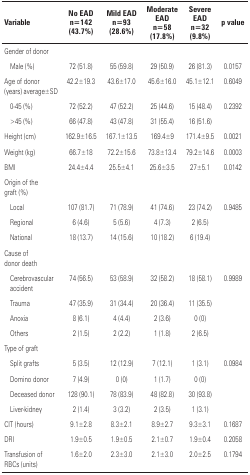
<table><thead><tr><td colspan="2"><b>Variable</b></td><td><b>No EAD n=142 (43.7%)</b></td><td><b>Mild EAD n=93 (28.6%)</b></td><td><b>Moderate EAD n=58 (17.8%)</b></td><td><b>Severe EAD n=32 (9.8%)</b></td><td><b>p value</b></td></tr></thead><tbody><tr><td colspan="7">Gender of donor</td></tr><tr><td></td><td>Male (%)</td><td>72 (51.8)</td><td>55 (59.8)</td><td>29 (50.9)</td><td>26 (81.3)</td><td>0.0157</td></tr><tr><td colspan="2">Age of donor (years) average±SD</td><td>42.2±19.3</td><td>43.6±17.0</td><td>45.6±16.0</td><td>45.1±12.1</td><td>0.6049</td></tr><tr><td></td><td>0-45 (%)</td><td>72 (52.2)</td><td>47 (52.2)</td><td>25 (44.6)</td><td>15 (48.4)</td><td>0.2392</td></tr><tr><td></td><td>&gt;45 (%)</td><td>66 (47.8)</td><td>43 (47.8)</td><td>31 (55.4)</td><td>16 (51.6)</td><td></td></tr><tr><td colspan="2">Height (cm)</td><td>162.9±16.5</td><td>167.1±13.5</td><td>169.4±9</td><td>171.4±9.5</td><td>0.0021</td></tr><tr><td colspan="2">Weight (kg)</td><td>66.7±18</td><td>72.2±15.6</td><td>73.8±13.4</td><td>79.2±14.6</td><td>0.0003</td></tr><tr><td colspan="2">BMI</td><td>24.4±4.4</td><td>25.5±4.1</td><td>25.6±3.5</td><td>27±5.1</td><td>0.0142</td></tr><tr><td colspan="7">Origin of the graft (%)</td></tr><tr><td></td><td>Local</td><td>107 (81.7)</td><td>71 (78.9)</td><td>41 (74.6)</td><td>23 (74.2)</td><td>0.9485</td></tr><tr><td></td><td>Regional</td><td>6 (4.6)</td><td>5 (5.6)</td><td>4 (7.3)</td><td>2 (6.5)</td><td></td></tr><tr><td></td><td>National</td><td>18 (13.7)</td><td>14 (15.6)</td><td>10 (18.2)</td><td>6 (19.4)</td><td></td></tr><tr><td colspan="7">Cause of donor death</td></tr><tr><td></td><td>Cerebrovascular accident</td><td>74 (56.5)</td><td>53 (58.9)</td><td>32 (58.2)</td><td>18 (58.1)</td><td>0.9989</td></tr><tr><td></td><td>Trauma</td><td>47 (35.9)</td><td>31 (34.4)</td><td>20 (36.4)</td><td>11 (35.5)</td><td></td></tr><tr><td></td><td>Anoxia</td><td>8 (6.1)</td><td>4 (4.4)</td><td>2 (3.6)</td><td>0 (0)</td><td></td></tr><tr><td></td><td>Others</td><td>2 (1.5)</td><td>2 (2.2)</td><td>1 (1.8)</td><td>2 (6.5)</td><td></td></tr><tr><td colspan="7">Type of graft</td></tr><tr><td></td><td>Split grafts</td><td>5 (3.5)</td><td>12 (12.9)</td><td>7 (12.1)</td><td>1 (3.1)</td><td>0.0984</td></tr><tr><td></td><td>Domino donor</td><td>7 (4.9)</td><td>0 (0)</td><td>1 (1.7)</td><td>0 (0)</td><td></td></tr><tr><td></td><td>Deceased donor</td><td>128 (90.1)</td><td>78 (83.9)</td><td>48 (82.8)</td><td>30 (93.8)</td><td></td></tr><tr><td></td><td>Liver-kidney</td><td>2 (1.4)</td><td>3 (3.2)</td><td>2 (3.5)</td><td>1 (3.1)</td><td></td></tr><tr><td colspan="2">CIT (hours)</td><td>9.1±2.8</td><td>8.3±2.1</td><td>8.9±2.7</td><td>9.3±3.1</td><td>0.1687</td></tr><tr><td colspan="2">DRI</td><td>1.9±0.5</td><td>1.9±0.5</td><td>2.1±0.7</td><td>1.9±0.4</td><td>0.2058</td></tr><tr><td colspan="2">Transfusion of RBCs (units)</td><td>1.6±2.0</td><td>2.3±3.0</td><td>2.1±3.0</td><td>2.0±2.5</td><td>0.1794</td></tr></tbody></table>